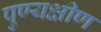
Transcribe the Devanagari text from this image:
पुण्यक्षीण